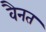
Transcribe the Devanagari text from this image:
वैनत